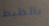
بالظبط